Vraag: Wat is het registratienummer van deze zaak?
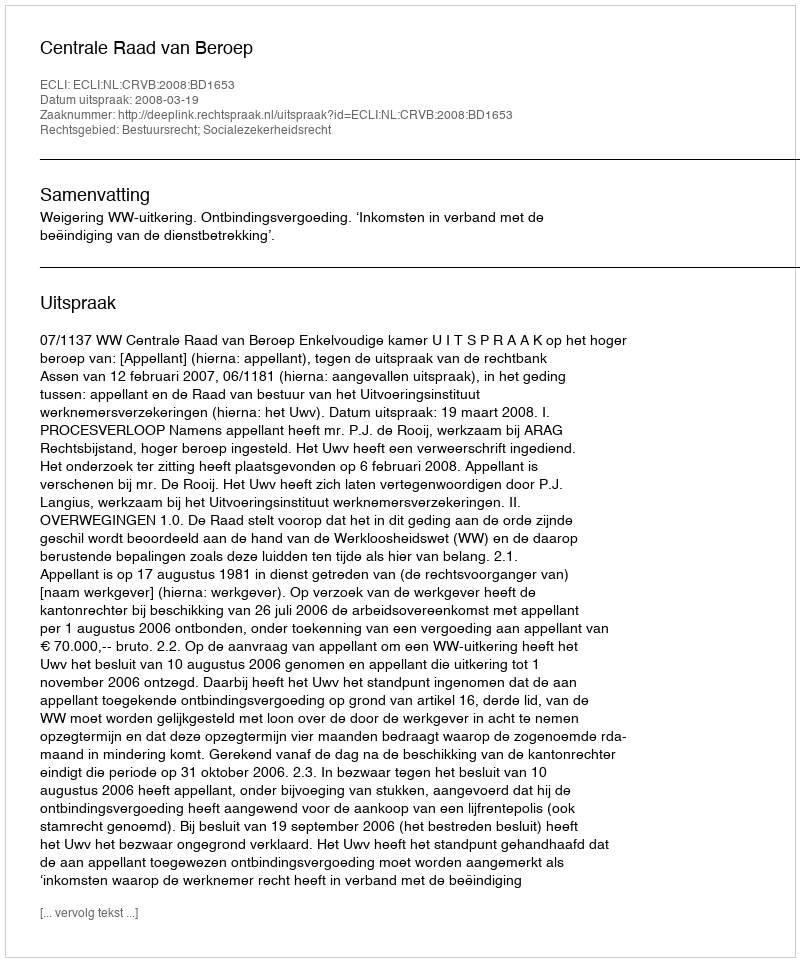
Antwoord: http://deeplink.rechtspraak.nl/uitspraak?id=ECLI:NL:CRVB:2008:BD1653